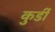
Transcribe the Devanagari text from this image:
कुर्डी